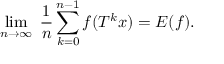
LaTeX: \operatorname* { l i m } _ { n \rightarrow \infty } \; { \frac { 1 } { n } } \sum _ { k = 0 } ^ { n - 1 } f ( T ^ { k } x ) = E ( f ) .